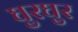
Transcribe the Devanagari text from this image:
घुरघुर